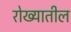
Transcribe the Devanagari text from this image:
रोख्यातील